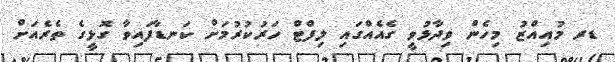
ޑރ މުއިއްޒު މިހެން ވިދާޅުވީ ގެއެއްގައި ލިފްޓް ހަރުކުރުމަށް ކަނޑާފައިވާ ގޮޅީގެ ތެރެއަށް